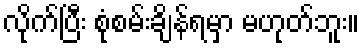
လိုက်ပြီး စုံစမ်းချိန်ရမှာ မဟုတ်ဘူး။